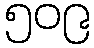
၅၀၉